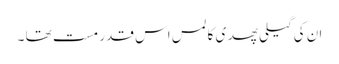
ان کی گیلی پھدی کا لمس اس قدر مست تھا ۔